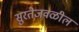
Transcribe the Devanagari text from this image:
सुरतेजवळील